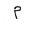
Letter: _mim